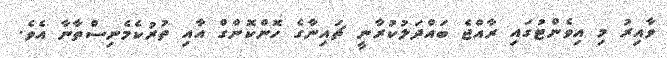
ވާއިރު މި އިވެންޓުގައި ރާއްޖެ ބައްދަލުކުރާނީ ޗައިނާގެ ހޮންކޮންގް އާއި ތުރުކެމެނިސްތާނާ އެވެ.